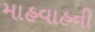
માહવાહની